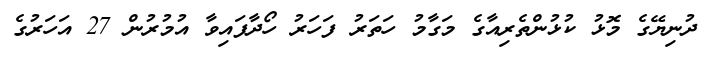
ދުނިޔޭގެ މޮޅު ކުޅުންތެރިއާގެ މަގާމު ހަތަރު ފަހަރު ހޯދާފައިވާ އުމުރުން 27 އަހަރުގެ